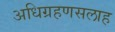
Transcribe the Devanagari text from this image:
अधिग्रहणसलाह